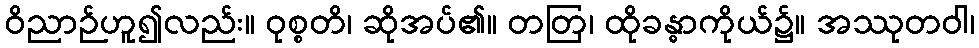
ဝိညာဉ်ဟူ၍လည်း။ ဝုစ္စတိ၊ ဆိုအပ်၏။ တတြ၊ ထိုခန္ဓာကိုယ်၌။ အဿုတဝါ၊